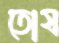
তোষ